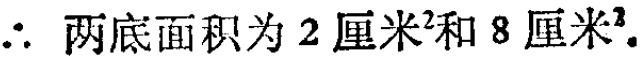
$\therefore$ 两底面积为 \(2\mathrm{厘米}^{2}\)和 \(8\mathrm{厘米}^{2}\).